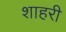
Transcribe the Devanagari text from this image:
शाहरी